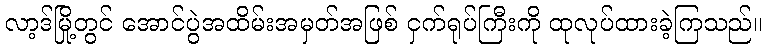
လာ့ဒ်မြို့တွင် အောင်ပွဲအထိမ်းအမှတ်အဖြစ် ငှက်ရုပ်ကြီးကို ထုလုပ်ထားခဲ့ကြသည်။